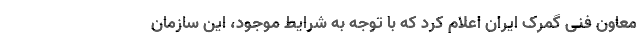
معاون فنی گمرک ایران اعلام کرد که با توجه به شرایط موجود، این سازمان